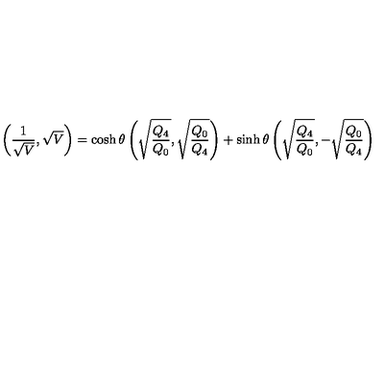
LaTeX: \left( { \frac { 1 } { \sqrt { V } } } , \sqrt { V } \right) = \cosh \theta \left( \sqrt { \frac { Q _ { 4 } } { Q _ { 0 } } } , \sqrt { \frac { Q _ { 0 } } { Q _ { 4 } } } \right) + \sinh \theta \left( \sqrt { \frac { Q _ { 4 } } { Q _ { 0 } } } , - \sqrt { \frac { Q _ { 0 } } { Q _ { 4 } } } \right)